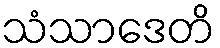
သံသာဒေတိ